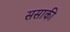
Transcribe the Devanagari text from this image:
ससाकी